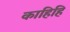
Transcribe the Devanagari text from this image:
काहिहि